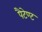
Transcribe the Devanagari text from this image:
पैटेण्ट